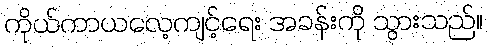
ကိုယ်ကာယလေ့ကျင့်ရေး အခန်းကို သွားသည်။